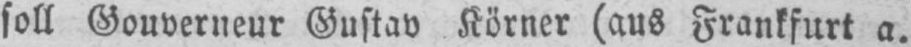
soll Gouverneur Gustav Körner (aus Frankfurt a.